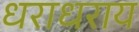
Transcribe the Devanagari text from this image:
धराधराय